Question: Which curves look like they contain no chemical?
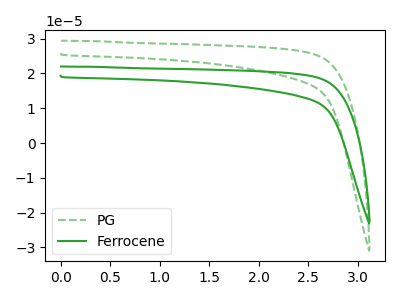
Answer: <think>The green dashed curve "PG" has no peaks. The green curve "Ferrocene" has no peaks.</think>
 <answer>"PG" and "Ferrocene" are likely to be blanks.</answer>
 <eval>"PG", "Ferrocene"</eval>